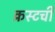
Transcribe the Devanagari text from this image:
क्रस्टची